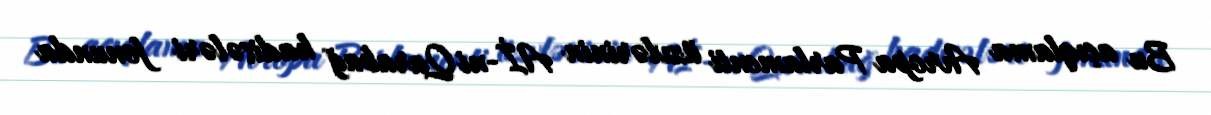
Bu açıqlama Avropa Parlamenti üzvlərinin Aİ-ni Qarabağ hadisələri fonunda